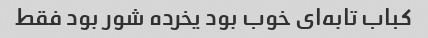
کباب تابه‌ای خوب بود یخرده شور بود فقط